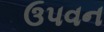
ઉપવન